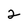
Character: 2